Annual report on the health of the army in India
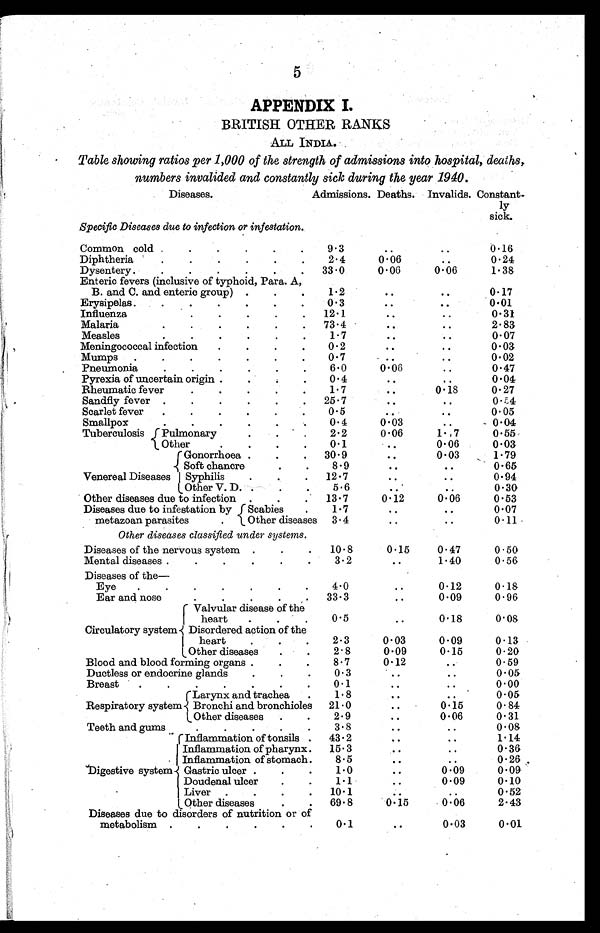
5
APPENDIX I.
BRITISH OTHER RANKS
ALL INDIA.
Table showing ratios per 1,000 of the strength of admissions into hospital, deaths,
numbers invalided and constantly sick during the year 1940 .
Diseases.
Admissions. Deaths. Invalids. Constant
ly
sick.
Specific Diseases due to infection or infestation.
Common cold
9.3
..
..
0.16
Diphtheria
2.4
0.06
..
0.24
Dysentery
33.0
0.06
0.06
1.38
Enteric fevers (inclusive of typhoid, Para. A,
B. and C. and enteric group)
1.2
..
..
0.17
Erysipelas
0.3
..
. .
0.01
Influenza
12.1
..
0.31
Malaria
73.4
..
..
2.83
Measles
1 . 7
. .
..
0.07
Meningococcal infection
0.2
..
..
0.03
Mumps
0.7
..
..
0.02
Pneumonia
6.0
0.06
..
0.47
Pyrexia of uncertain origin
0.4
..
. .
0.04
Rheumatic fever
1.7
..
0.18
0.27
Sandfly fever
25.7
..
..
0.54
Scarlet fever
0.5
. .
. .
0.05
Smallpox
0.4
0.03
. .
0.04
Tuberculosis
Pulmonary
2.2
0.06
1.7
0.55
Other
0.1
..
0.06
0.03
Venereal Diseases
Gonorrhoea
30.9
. .
0.03
1.79
Soft chancre
8.9
. .
. . 0.65
Syphilis
12. 7
. .
..
0.94
Other V. D.
5.6
. .
..
0.30
Other diseases due to infection
13.7
0.12
0.06
0.53
Diseases due to infestation by
metazoan parasites
Scabies
1.7
..
..
0.07
Other diseases
3.4
. . .
...
0.11
Other diseases classified under systems.
Diseases of the nervous system
10.8
0.15
0.47
0.50
Mental diseases
3.2
..
1.40
0.56
Diseases of the
—
Eye
4.0
..
0.12
0.15
Ear and nose
33. 3
. .
0.09
0.96
Circulatory system.
Valvular disease of the
heart
0.5
. .
0.18
0.08
Disordered action of the
heart
2.3
0.03
0.09
0.13
Other diseases
2.8
0.09
0.15
0.20
Blood and blood forming organs
8.7
0.12
..
0.59
Ductless or endocrine glands
0.3
. .
..
0.05
Breast
0.1
..
0.00
Respiratory system
Larynx and trachea
1.8
. .
. .
0.05
Bronchi and bronchioles
21.0
..
0.15
0.84
Other diseases
2.9
..
0.06
0.31
Teeth and gums
3.8
..
..
0.08
Digestive system
Inflammation of tonsils .
43.2
. .
..
1.14
Inflammation of pharynx .
15.
0.36
Inflammation of stomach .
8.5
. .
. . 0.26
Gastric ulcer
1. 0
. .
0.09
0.09
Doudenal ulcer
1 . 1
. .
0.09
0.10
Liver
10.1
. .
. . 0.52
Other diseases
69.8
0.15
0.06
2.43
Diseases due to disorders of nutrition or of
metabolism
0.1
..
0.03
0.01